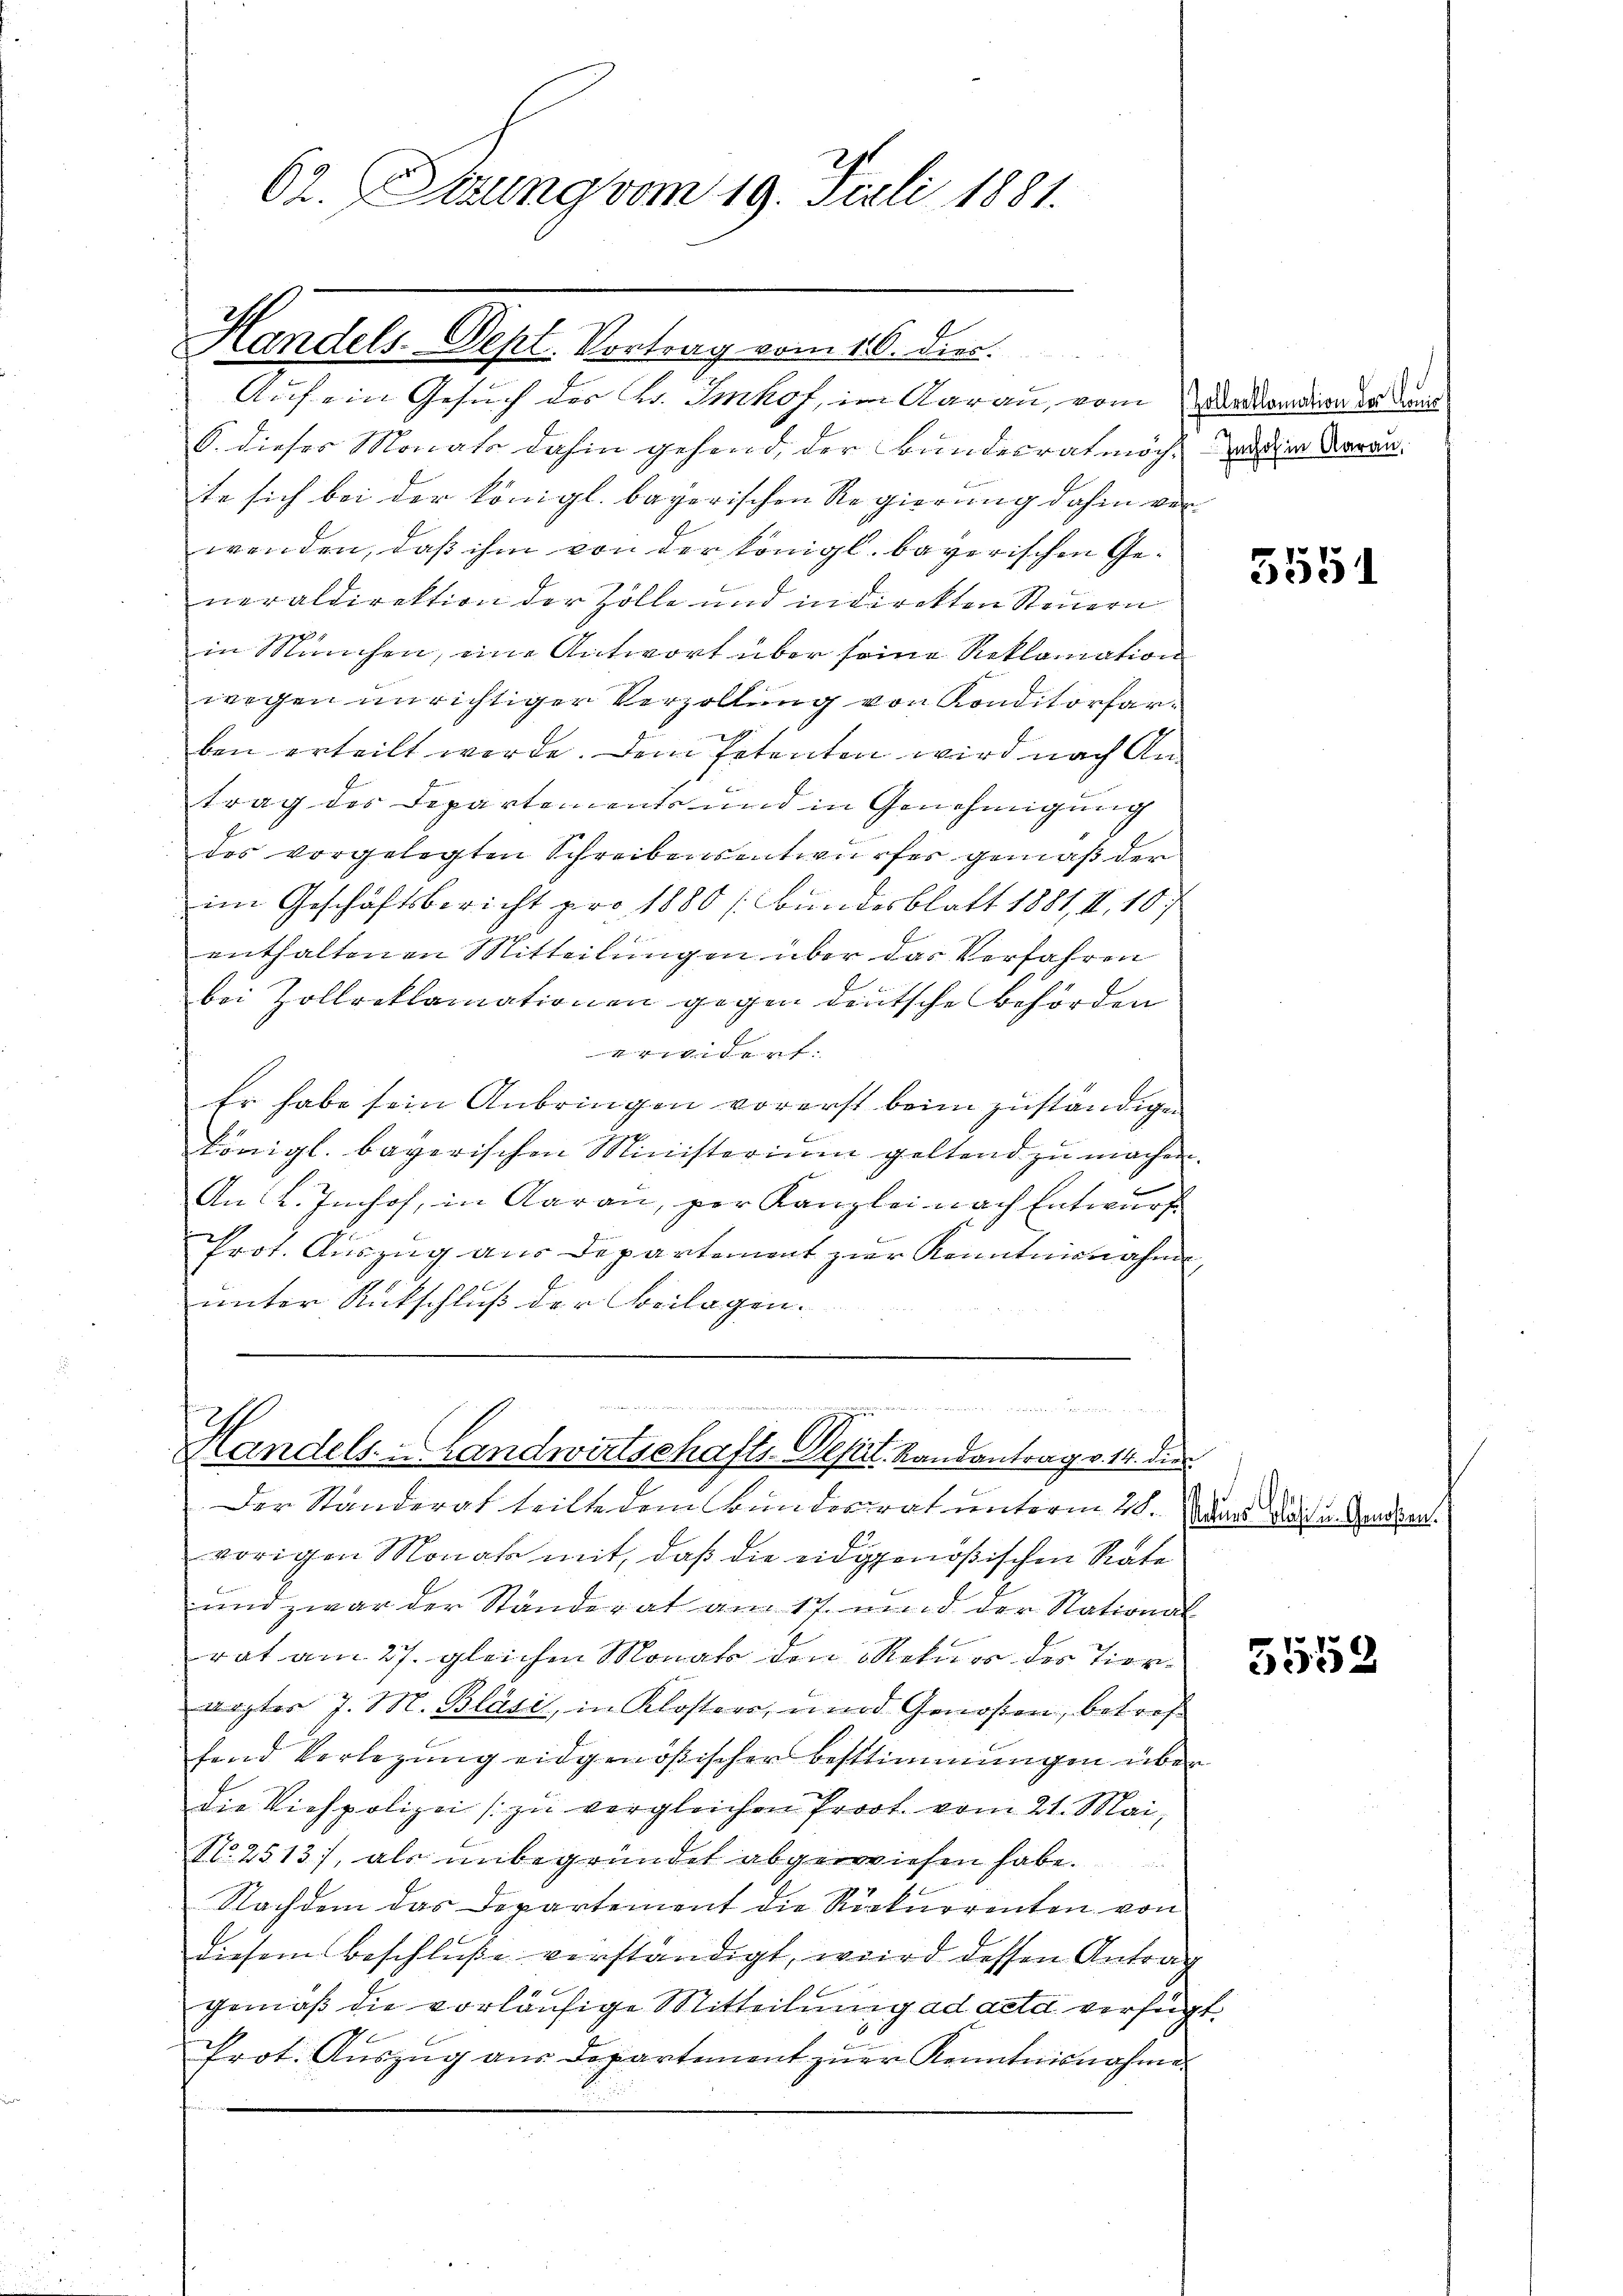
62. Sitzung vom 19. Ficli 1881.

Handels-Dept. Vortrag vom 16. diec.
Auf ein Gesuch des Hr. Imhof, im Aarau, vom erkundion der Kais
6. dieses Monats dahin gehend der Bundesrat mich, das in daran.
te sich bei der Königl. bayerischen Regierung dahin von
wenden, daß ihm von der Königl. bayerischen Generaldirektion der Zolle und indirekten Steuern
in München, eine Antwort über seine Reklamation
wegen unrichtiger Verzollung von Konditorsarben erteilt werde. Dem Petenten wird nach Antrag des Departements und in Genehmigung
des vorgelegten Schreibensentwurfes gemäß der
im Geschäftsbericht pro 1880 (Bundesblatt 1881, II 10;
enthaltenen Mitteilungen über das Verfahren
bei Zollreklamationen gegen deutsche Behörden
t vier denen perfen. |
Er habe sein Anbringen vorerst beim zuständigen
königl. bayerischen Ministerium geltend zŭ machen
An: L. Imhof, in Aarau, per Kanzlei nach Entwurf
Prot. Auszug aus Departement zur Kenntnisnahme
unter Rückschluß der Beilagen.

Der Ständerat teilte dem Bundesrat unterm 26. War das u. Gendan
vorigen Monata mit, daß die eidgenößischen Räte
und zwar der Ständerat am 17. und der Stational
rat am 27. gleichen Monate den Rekurs des Tierargter J. M. Bläsi, in Klosters, und Genossen, betreffend Verlegung eidgenößischer Bestimmungen über
Die Viehpolizei (zu vergleichen Proot vom 21. Mai,
N. 2513), als unbegründet abgewiesen habe.
7
Nachdem das Departement die Rekurrenten von
diesem Beschluße verständigt, wird dessen Antrag
gemäß die vorläufige Mitteilung ad acta verfügt:
Prot. Aŭszŭg aŭs departement zŭr Kenntnisnahme

Handels- u. Landwirtschafts-Depit. Landantrag v. 14. dies

5551

5552